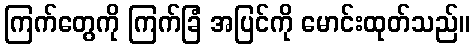
ကြက်တွေကို ကြက်ခြံ အပြင်ကို မောင်းထုတ်သည်။